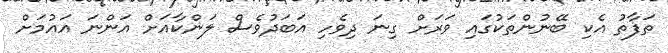
ތަފާތު އެކި ބޭނުންތަކުގައި ވަރަށް ގިނަ ދިވެހި އަބަދުވެސް ލަންކާއަށް އަންނަ އައުމަށް